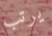
يرتب